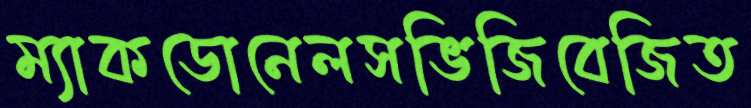
ম্যাকডোনেলসভিজিবেজিত